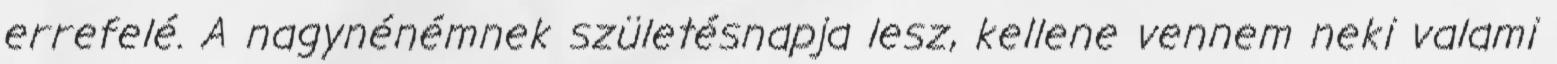
errefelé. A nagynénémnek születésnapja lesz, kellene vennem neki valami